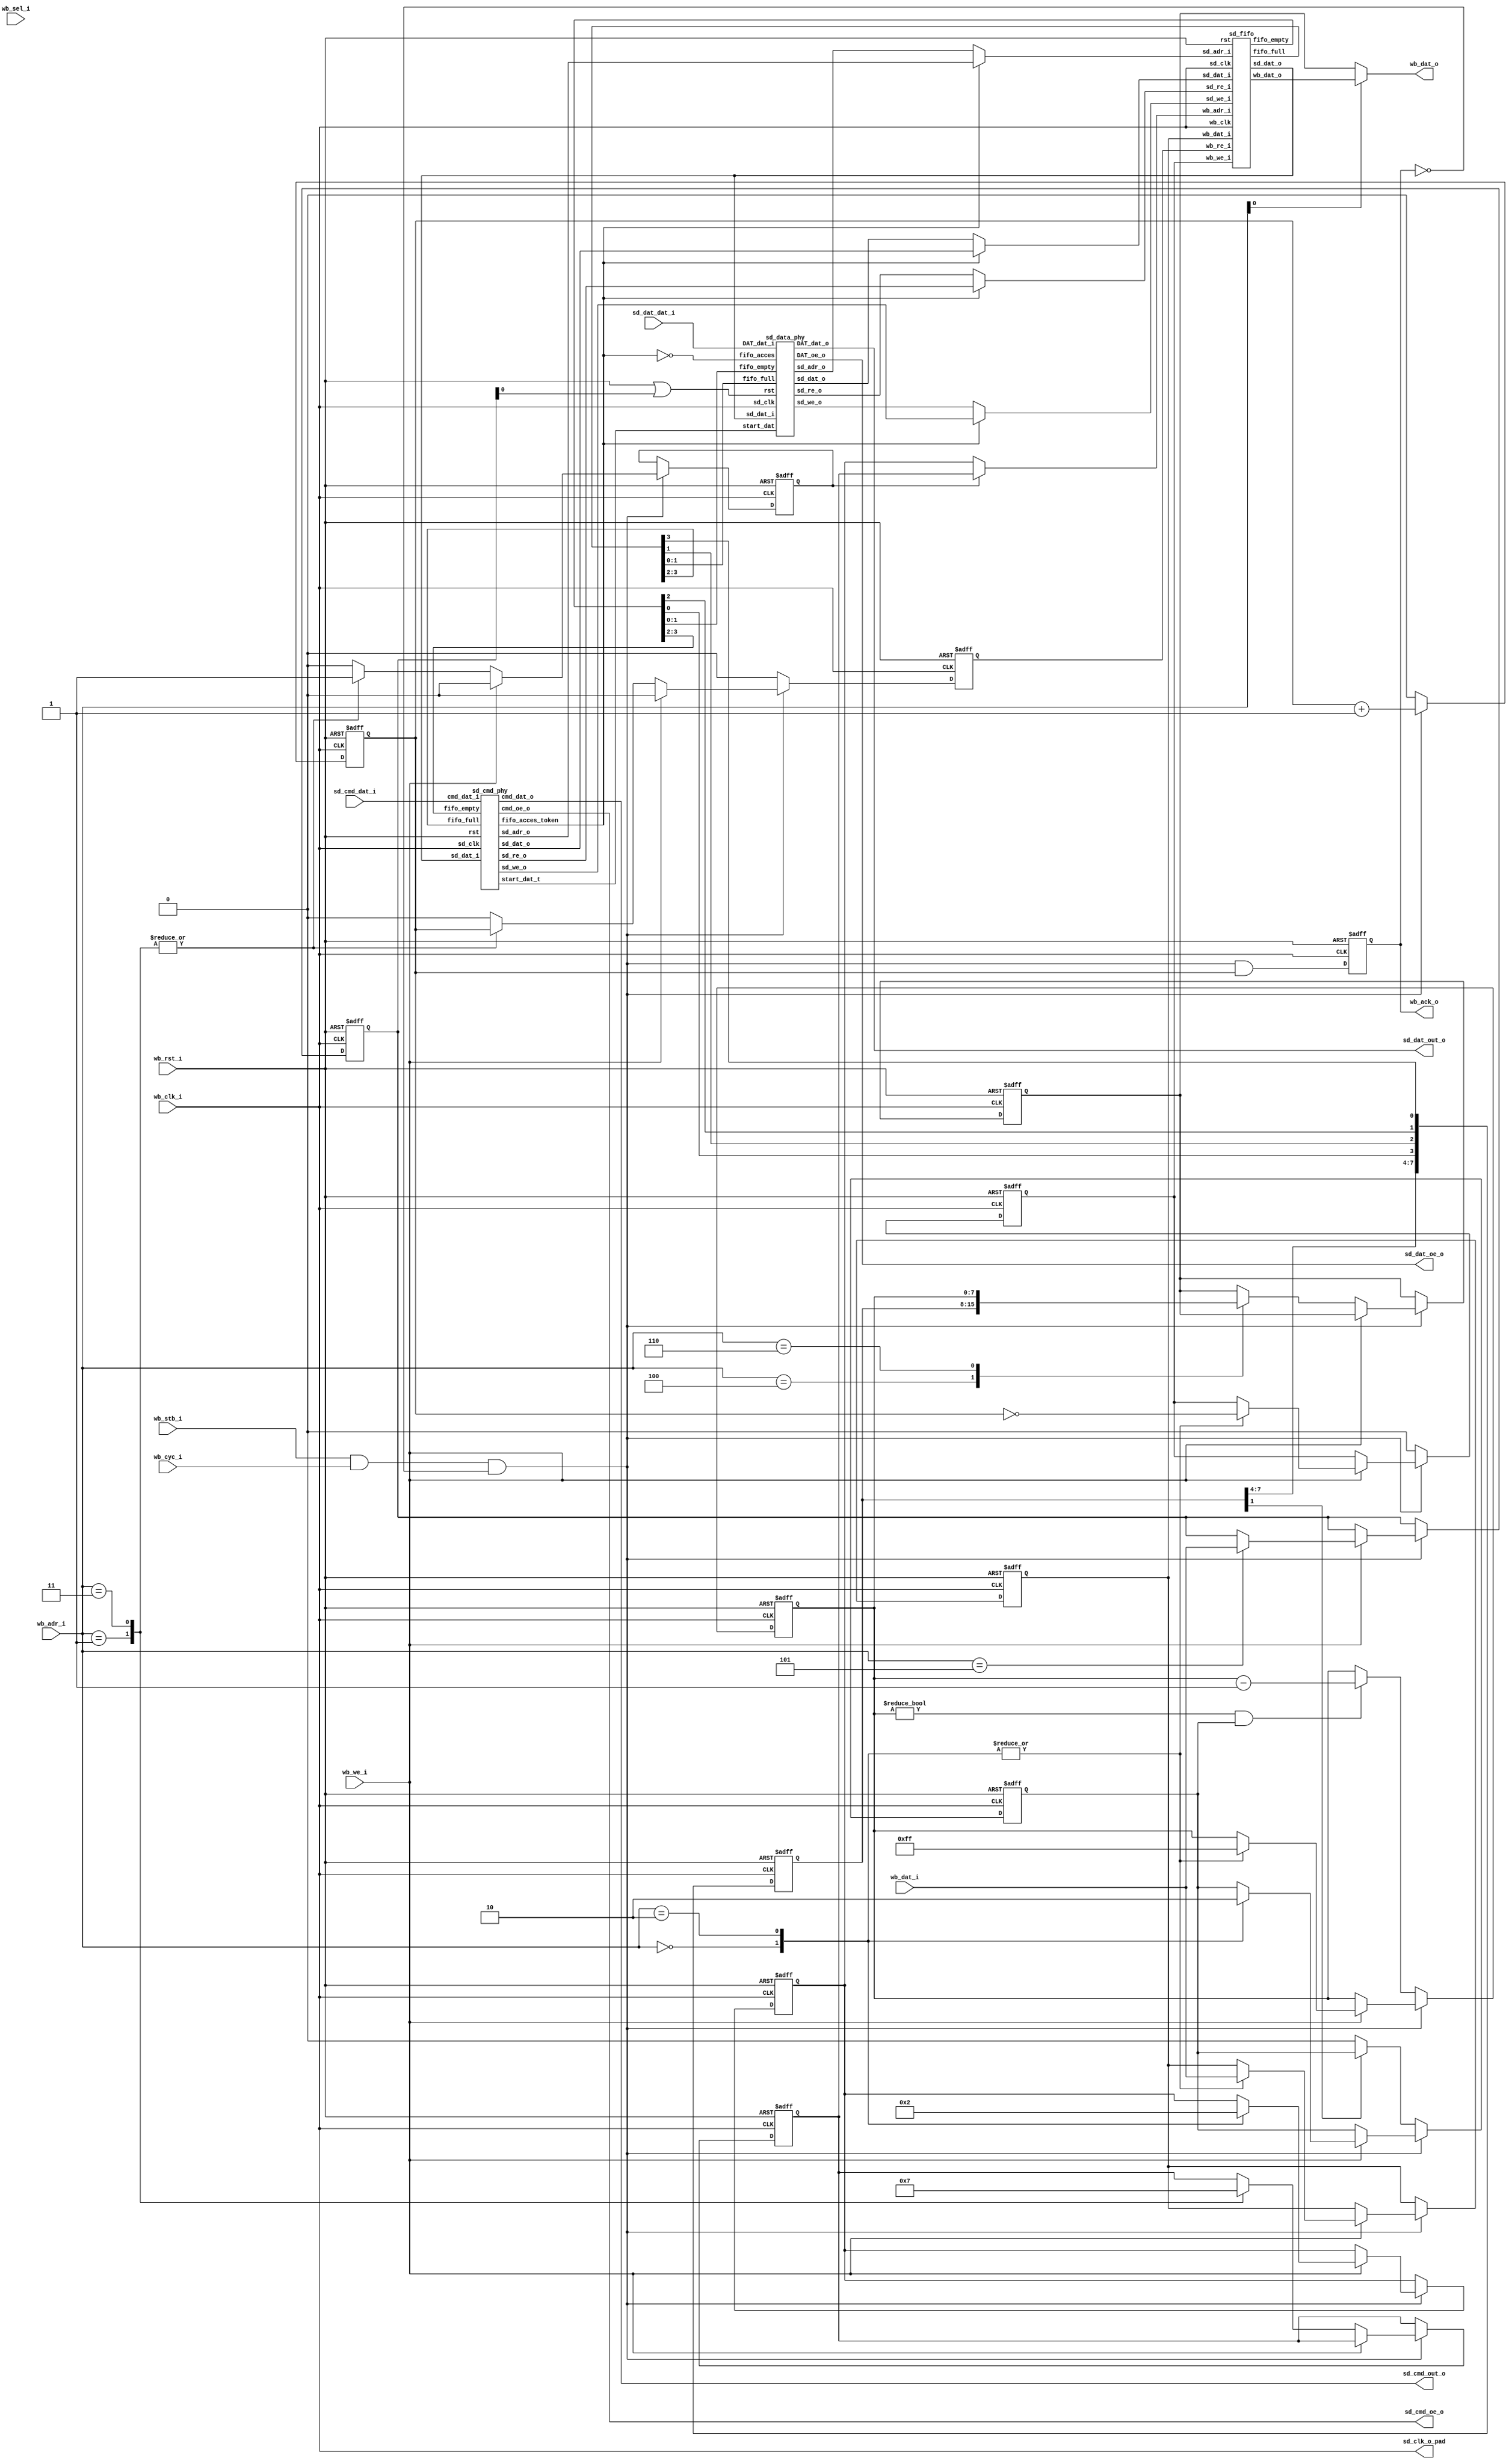
module sd_controller_fifo_wba
( 
  wb_clk_i, wb_rst_i, wb_dat_i, wb_dat_o, 
  wb_adr_i, wb_sel_i, wb_we_i, wb_cyc_i, wb_stb_i, wb_ack_o, 
  sd_cmd_dat_i,sd_cmd_out_o,  sd_cmd_oe_o, 
  sd_dat_dat_i, sd_dat_out_o , sd_dat_oe_o, sd_clk_o_pad
);
input           wb_clk_i;      
input           wb_rst_i;      
input   [7:0]  wb_dat_i;      
output  [7:0]  wb_dat_o;      
input   [2:0]  wb_adr_i;      
input    [3:0]  wb_sel_i;      
input           wb_we_i;       
input           wb_cyc_i;      
input           wb_stb_i;      
output reg          wb_ack_o;      
input wire [3:0] sd_dat_dat_i;
output wire [3:0] sd_dat_out_o;
output wire sd_dat_oe_o;
input wire sd_cmd_dat_i;
output wire sd_cmd_out_o;
output wire sd_cmd_oe_o;
output sd_clk_o_pad;
wire sd_clk_i;
reg [7:0] controll_reg;
reg [7:0] status_reg;
reg [7:0] command_timeout_reg;
  assign sd_clk_i = wb_clk_i;
assign sd_clk_o=sd_clk_i;
reg [1:0] wb_fifo_adr_i_writer;
reg [1:0] wb_fifo_adr_i_reader;
wire [1:0] wb_fifo_adr_i;
reg add_token_read;
wire [7:0] wb_fifo_dat_i;
wire [7:0] wb_fifo_dat_o;
reg [7:0]  wb_dat_i_storage;
reg [7:0] wb_dat_o_i;
reg time_enable;
assign sd_clk_o_pad  = sd_clk_i ;
assign wb_fifo_adr_i = add_token_read ? wb_fifo_adr_i_reader : wb_fifo_adr_i_writer;
assign wb_fifo_dat_i =wb_dat_i_storage;
assign wb_dat_o = wb_adr_i[0] ? wb_fifo_dat_o :   wb_dat_o_i ;
wire [1:4]fifo_full ;
wire [1:4]fifo_empty;
reg wb_fifo_we_i;
reg wb_fifo_re_i;
wire [1:0] sd_adr_o;
wire [7:0] sd_dat_o;
wire [7:0] sd_dat_i;
sd_fifo sd_fifo_0
( 
   .wb_adr_i  (wb_fifo_adr_i ),
   .wb_dat_i  (wb_fifo_dat_i),
   .wb_dat_o  (wb_fifo_dat_o ),
   .wb_we_i   (wb_fifo_we_i),
   .wb_re_i   (wb_fifo_re_i),
   .wb_clk  (wb_clk_i),
   .sd_adr_i (sd_adr_o ),
   .sd_dat_i (sd_dat_o),
   .sd_dat_o (sd_dat_i ),
   .sd_we_i (sd_we_o),
   .sd_re_i (sd_re_o),
   .sd_clk (sd_clk_o),
   .fifo_full ( fifo_full ),
   .fifo_empty (fifo_empty    ),
   .rst (wb_rst_i)  
  ) ; 
wire [1:0] sd_adr_o_cmd;
wire [7:0] sd_dat_i_cmd;
wire [7:0] sd_dat_o_cmd;
wire [1:0] sd_adr_o_dat;
wire [7:0] sd_dat_i_dat;
wire [7:0] sd_dat_o_dat;
wire [1:0] st_dat_t;
sd_cmd_phy sdc_cmd_phy_0
(
  .sd_clk (sd_clk_o),
  .rst (wb_rst_i ), 
  .cmd_dat_i ( sd_cmd_dat_i  ),
  .cmd_dat_o (sd_cmd_out_o   ),
  .cmd_oe_o (sd_cmd_oe_o   ),  
  .sd_adr_o (sd_adr_o_cmd),
  .sd_dat_i (sd_dat_i_cmd),
  .sd_dat_o (sd_dat_o_cmd),
  .sd_we_o (sd_we_o_cmd),
  .sd_re_o (sd_re_o_cmd),
  .fifo_full ( fifo_full[1:2] ),
  .fifo_empty ( fifo_empty [1:2]),
  .start_dat_t (st_dat_t),
  .fifo_acces_token (fifo_acces_token)
  ); 
  sd_data_phy sd_data_phy_0 (
  .sd_clk (sd_clk_o),
  .rst (wb_rst_i | controll_reg[0]),
  .DAT_oe_o ( sd_dat_oe_o  ),
  .DAT_dat_o (sd_dat_out_o),
  .DAT_dat_i  (sd_dat_dat_i ),
  .sd_adr_o (sd_adr_o_dat   ),
  .sd_dat_i (sd_dat_i_dat  ),
  .sd_dat_o (sd_dat_o_dat  ),
  .sd_we_o  (sd_we_o_dat),
  .sd_re_o (sd_re_o_dat),
  .fifo_full ( fifo_full[3:4] ),
  .fifo_empty ( fifo_empty [3:4]),
  .start_dat (st_dat_t),
  .fifo_acces (~fifo_acces_token)  
  ); 
  assign sd_adr_o =  fifo_acces_token ? sd_adr_o_cmd : sd_adr_o_dat; 
  assign sd_dat_o =  fifo_acces_token ? sd_dat_o_cmd : sd_dat_o_dat;
  assign sd_we_o  = fifo_acces_token ? sd_we_o_cmd : sd_we_o_dat;
  assign sd_re_o  =  fifo_acces_token ? sd_re_o_cmd : sd_re_o_dat;
 assign sd_dat_i_dat = sd_dat_i;
 assign sd_dat_i_cmd = sd_dat_i;
  always @(posedge wb_clk_i or posedge wb_rst_i)
	begin
	if (wb_rst_i)
	    status_reg<=0;
	  else begin	
      status_reg[0] <= fifo_full[1];
      status_reg[1] <= fifo_empty[2];
      status_reg[2] <=  fifo_full[3];
      status_reg[3] <=  fifo_empty[4];
    end
  end
  reg delayed_ack;
  always @(posedge wb_clk_i or posedge wb_rst_i)
	begin	
	  if (wb_rst_i) 
	    wb_ack_o <=0; 
	   else 
	     wb_ack_o <=wb_stb_i & wb_cyc_i &  ~wb_ack_o & delayed_ack;
	end
  always @(posedge wb_clk_i or posedge wb_rst_i)
	begin	
    if ( wb_rst_i )begin
	    command_timeout_reg<=255;
	    wb_dat_i_storage<=0;
	    controll_reg<=0;
	    wb_fifo_we_i<=0;
	    wb_fifo_adr_i_writer<=0;
	    time_enable<=0;
	  end
	  else if (wb_stb_i  & wb_cyc_i & (~wb_ack_o))begin  
	    if (wb_we_i) begin
	      case (wb_adr_i) 
	      4'h0 : begin
	        wb_fifo_adr_i_writer<=0;
	        wb_fifo_we_i<=1&!delayed_ack;
	        wb_dat_i_storage<=wb_dat_i;	       
	        command_timeout_reg<=255;
	        time_enable<=1;
	      end       
        4'h2 : begin
	        wb_fifo_adr_i_writer<=2;
	        wb_fifo_we_i<=1&!delayed_ack;
	        wb_dat_i_storage<=wb_dat_i;
	        command_timeout_reg<=255;
	        time_enable<=0;
	      end        
        4'h5 : controll_reg <= wb_dat_i;
  	      endcase
	    end  	  
	   end
	   else begin
	      wb_fifo_we_i<=0;
	     if (!status_reg[1])
	       time_enable<=0; 
	     if ((command_timeout_reg!=0) && (time_enable))
	         command_timeout_reg<=command_timeout_reg-1;   
	   end   
end
always @(posedge wb_clk_i or posedge wb_rst_i )begin
   if ( wb_rst_i) begin
     add_token_read<=0;
     delayed_ack<=0;
     wb_fifo_re_i<=0;
      wb_fifo_adr_i_reader<=0;
      wb_dat_o_i<=0;
  end 
 else begin  
    delayed_ack<=0;
    wb_fifo_re_i<=0;
   if (wb_stb_i  & wb_cyc_i & (~wb_ack_o)) begin  
   delayed_ack<=delayed_ack+1;
    add_token_read<=0;
    if (!wb_we_i) begin
      case (wb_adr_i)
      4'h1 : begin
         add_token_read<=1;
         wb_fifo_adr_i_reader<=1;
	      wb_fifo_re_i<=1&delayed_ack; 
      end
      4'h3 :begin
         add_token_read<=1;
         wb_fifo_adr_i_reader<=3;
	       wb_fifo_re_i<=1 & delayed_ack;
     end 
      4'h4 : wb_dat_o_i <= status_reg;
      4'h6 : wb_dat_o_i <= command_timeout_reg;
     endcase
    end
  end  
end
end
endmodule
module sd_cmd_phy ( 
input sd_clk, 
input rst, 
input  cmd_dat_i,
output reg cmd_dat_o, 
output reg cmd_oe_o,
output  [1:0] sd_adr_o,
input [7:0] sd_dat_i,
output reg [7:0] sd_dat_o,
output reg sd_we_o,
output reg sd_re_o,
input  [1:2] fifo_full,
input [1:2] fifo_empty,
output  [1:0]  start_dat_t,
output fifo_acces_token
);
reg [6:0] Response_Size;
parameter SEND_SIZE = 48;
parameter CONTENT_SIZE = 40; 
parameter NCR = 2 ;
parameter SIZE = 5;
parameter 
INIT          = 5'b00001,
IDLE          = 5'b00010,
WRITE         = 5'b00100,
BUFFER_WRITE  = 5'b01000,
READ          = 5'b10000;
reg [SIZE-1:0] state;
reg [SIZE-1:0] next_state;
reg [1:0] start_dat_t_read;
reg [1:0] start_dat_t_write;
reg [39:0] in_buffer;
reg [2:0] read_byte_cnt;
reg [7:0] cmd_flow_cnt_write;
reg [7:0] cmd_flow_cnt_read;
reg cmd_dat_internal;
reg big_resp;
reg  crc_rst_write;
reg  crc_en_write;
reg  crc_in_write; 
wire [6:0] crc_val_write;
reg [1:0] sd_adr_o_read;
reg [1:0] sd_adr_o_write;
reg  crc_rst_read;
reg  crc_en_read;
reg  crc_in_read; 
wire [6:0] crc_val_read;
reg crc_buffering_write;
reg block_write;
reg block_read;
reg in_buff_ptr;
reg out_buff_ptr;
reg [2:0] read_index_cnt;
reg  [7:0] in_buff_0;
reg  [7:0] in_buff_1;
reg [6:0] crc_in_buff;
reg [7:0] response_status;
reg [6:0] index_check;
reg add_token_read;
CRC_7 CRC_7_WRITE( 
.BITVAL (crc_in_write),
.Enable (crc_en_write),
.CLK (sd_clk),
.RST (crc_rst_write),
.CRC (crc_val_write));
CRC_7 CRC_7_READ( 
.BITVAL (crc_in_read),
.Enable (crc_en_read),
.CLK (sd_clk),
.RST (crc_rst_read),
.CRC (crc_val_read));
always @ (posedge sd_clk or posedge rst )
begin
	if  (rst) begin
		cmd_dat_internal <=1'b1;
	end
	else begin  
		cmd_dat_internal<=cmd_dat_i;
	end
end
always @ (state or cmd_flow_cnt_write or cmd_dat_internal or fifo_empty [1] or read_byte_cnt or cmd_flow_cnt_write or cmd_flow_cnt_read )
begin : FSM_COMBO
 next_state  = 0;   
case(state)  
INIT: begin
  if (cmd_flow_cnt_write >= 64 )begin
     next_state = IDLE;
  end 
  else begin     
     next_state = INIT;
  end
end                                                
IDLE: begin    
    if (!fifo_empty [1])
      next_state =BUFFER_WRITE;
    else if (!cmd_dat_internal) 
      next_state =READ; 
    else 
      next_state =IDLE;
end
BUFFER_WRITE: begin
  if (read_byte_cnt>=5)
   next_state = WRITE;
  else
   next_state =BUFFER_WRITE;
end
WRITE : begin 
     if (cmd_flow_cnt_write >= SEND_SIZE) 
        next_state = IDLE;          
      else 
        next_state = WRITE;
end
READ : begin
      if (cmd_flow_cnt_read >= Response_Size+7)
        next_state = IDLE;          
      else 
        next_state = READ;
end		
default : next_state  = INIT;
 endcase     
end 
always @ (posedge sd_clk or posedge rst  )
begin : FSM_SEQ
  if (rst ) begin
    state <= #1 INIT;
 end  
 else begin
    state <= #1 next_state;
 end
end
reg fifo_acces_read,fifo_acces_write;
assign fifo_acces_token = fifo_acces_read | fifo_acces_write;
assign sd_adr_o = add_token_read ? sd_adr_o_read : sd_adr_o_write;
assign start_dat_t = add_token_read ?  start_dat_t_read : start_dat_t_write;
reg tx_cmd_fifo_empty_tmp; 
always @ (negedge sd_clk or posedge rst  )
begin : OUTPUT_LOGIC
 if (rst  ) begin    
   crc_in_write=0;
   crc_en_write=0;
   crc_rst_write=0;
   fifo_acces_write=0;   
   cmd_oe_o=1; 		
   cmd_dat_o = 1;  
   crc_buffering_write=0;
   sd_re_o<=0;
   read_byte_cnt<=0;  
   block_read<=0;
   sd_adr_o_write<=0;
   cmd_flow_cnt_write=0;
   start_dat_t_write<=0;
   in_buffer<=0;
    tx_cmd_fifo_empty_tmp<=0;
    Response_Size<=40;    
 end
 else begin
  case(state)
    INIT : begin
      cmd_flow_cnt_write=cmd_flow_cnt_write+1;
      cmd_oe_o=1; 		
      cmd_dat_o = 1;  
      crc_buffering_write=0;
      start_dat_t_write<=0;
    end
    IDLE: begin
       cmd_flow_cnt_write=0;
       cmd_oe_o=0; 		
       start_dat_t_write<=0;
       crc_in_write=0;
       crc_en_write=0;
       crc_rst_write=1; 
       read_byte_cnt<=0;     
       block_read<=0;
       fifo_acces_write=0;
       in_buffer<=0;  
    end
     BUFFER_WRITE : begin
      sd_re_o<=0;
      fifo_acces_write=1;   
      tx_cmd_fifo_empty_tmp<=fifo_empty [1];
       if (!tx_cmd_fifo_empty_tmp) begin
        if(sd_re_o)
          read_byte_cnt <= read_byte_cnt+1;
        sd_adr_o_write <=0;
        sd_re_o<=1;
       if(sd_re_o) begin
         case (read_byte_cnt)  
          0: in_buffer[39:32] <=sd_dat_i;                   
          1: in_buffer[31:24] <=sd_dat_i;
          2: in_buffer[23:16] <=sd_dat_i;
           3: in_buffer[15:8] <=sd_dat_i;
           4: in_buffer[7:0] <=sd_dat_i;
         endcase 
         if (in_buffer[39]) 
           Response_Size<=127;
         else
           Response_Size<=40;               
         if (in_buffer[37:32] == 32'h11)
               block_read<=1;
      end 
    end 
   end  
    WRITE: begin
       sd_re_o<=0;
       cmd_oe_o=1; 		
       cmd_dat_o = 1;        
       crc_en_write =0;
       crc_rst_write=0;
        crc_en_write=1;
      if (crc_buffering_write==1)  begin
        cmd_oe_o =1;
        if ((SEND_SIZE-cmd_flow_cnt_write) > 8 ) begin   
				   if (cmd_flow_cnt_write==0)	
				    cmd_dat_o = 0; 
				   else
				    cmd_dat_o = in_buffer[(CONTENT_SIZE-1-cmd_flow_cnt_write)]; 
				   if ((SEND_SIZE-cmd_flow_cnt_write) > 9 ) begin  
			       crc_in_write = in_buffer[(CONTENT_SIZE-1-cmd_flow_cnt_write)-1];
			     end else begin
			       crc_en_write=0;  
				   end    
			  end
			  else if ( ((SEND_SIZE-cmd_flow_cnt_write) <=8) && ((SEND_SIZE-cmd_flow_cnt_write) >=2) ) begin			 	
				  crc_en_write=0; 
				  cmd_dat_o = crc_val_write[((SEND_SIZE-cmd_flow_cnt_write))-2];	
				   if (block_read)
             start_dat_t_write<=2'b10;
			  end
			  else begin        
				  cmd_dat_o =1'b1;
			  end		
			 cmd_flow_cnt_write=cmd_flow_cnt_write+1;
		end		
	  else begin  
		    crc_buffering_write=1;
	   	  crc_in_write = 0;
	  end	    
    end
  endcase
 end
end
always @ (posedge sd_clk or posedge rst  )
begin
  if (rst) begin
   crc_rst_read=1;
   crc_en_read=0;
   crc_in_read=0; 
   cmd_flow_cnt_read=0;
   response_status =0;
   block_write=0;
   index_check=0;
   in_buff_ptr=0;
   out_buff_ptr=0;
   sd_adr_o_read<=0;
   add_token_read=0; 
   in_buff_0<=0;
   in_buff_1<=0;
   read_index_cnt=0;
    fifo_acces_read=0;   
    sd_dat_o<=0;
    start_dat_t_read<=0;
    sd_we_o<=0;
    crc_in_buff=0;
  end
  else begin
   case (state) 
   IDLE : begin
        crc_en_read=0;
        crc_rst_read=1;
        cmd_flow_cnt_read=1;
        index_check=0;
        block_write=0;
        in_buff_ptr=0;
        out_buff_ptr=0;
        add_token_read=0; 
        read_index_cnt=0;
        sd_we_o<=0;  
        add_token_read=0;
         fifo_acces_read=0;
         start_dat_t_read<=0;
   end
   READ : begin
      fifo_acces_read=1;
      add_token_read=1;  
      crc_en_read=1;
      crc_rst_read=0;
      sd_we_o<=0;
     if (in_buff_ptr != out_buff_ptr) begin
     sd_adr_o_read <=1;
     sd_we_o<=1;  
       if (in_buff_ptr)
        sd_dat_o <=in_buff_0;
      else
        sd_dat_o <=in_buff_1;
     out_buff_ptr=out_buff_ptr+1;
     end
     if (cmd_flow_cnt_read < (Response_Size))begin  
        crc_in_read = cmd_dat_internal;
        if (cmd_flow_cnt_read<8 ) begin  
          index_check[7-cmd_flow_cnt_read] = cmd_dat_internal;
          if (index_check[5:0] == 32'h18) begin
             block_write=1;
          end
        end
        else begin                   
          if (!in_buff_ptr) begin
             in_buff_0[7-read_index_cnt]<=cmd_dat_internal;
          end
          else begin
             in_buff_1[7-read_index_cnt]<=cmd_dat_internal;
          end
          read_index_cnt=read_index_cnt+1;
          if (read_index_cnt==0)
             in_buff_ptr=in_buff_ptr+1;
        end             
       end  
      	else if ( cmd_flow_cnt_read - Response_Size <=6 ) begin  
			  crc_in_buff [(Response_Size+6)-(cmd_flow_cnt_read)] = cmd_dat_internal;
			  crc_en_read=0;  
      end
      else begin   
			   if ((crc_in_buff != crc_val_read)) begin
				   response_status[0]=1;					   			  			
		    	end  
		    	else begin
		    	  response_status[0]=0;
		    	end 
		    	sd_adr_o_read <=1;
        		 sd_we_o<=1; 
		    	sd_dat_o<=response_status;
		     if (block_write)
		    	  start_dat_t_read<=2'b01;
      end        
       cmd_flow_cnt_read = cmd_flow_cnt_read+1;
   end  
  endcase
  end
end
endmodule
module sd_fifo
  (
    input  [1:0] wb_adr_i,
    input [7:0]  wb_dat_i,
    output [7:0] wb_dat_o,
    input 	 wb_we_i,
    input 	 wb_re_i,
    input 	 wb_clk,
    input [1:0]  sd_adr_i,
    input [7:0]  sd_dat_i,
    output [7:0] sd_dat_o,
    input 	 sd_we_i,
    input 	 sd_re_i,
    input 	 sd_clk,
    output [1:4] fifo_full,
    output [1:4] fifo_empty,
    input 	 rst 	 
   );
   wire [8:0] 	 wptr1, rptr1, wptr2, rptr2, wptr3, rptr3, wptr4, rptr4;
   wire [8:0] 	 wadr1, radr1, wadr2, radr2, wadr3, radr3, wadr4, radr4;
   wire 	 dpram_we_a, dpram_we_b;
   wire [10:0] 	 dpram_a_a, dpram_a_b;   
   sd_counter wptr1a
     (
      .q(wptr1),
      .q_bin(wadr1),
      .cke((wb_adr_i==2'd0) & wb_we_i & !fifo_full[1]),
      .clk(wb_clk),
      .rst(rst)
      );
   sd_counter rptr1a
     (
      .q(rptr1),
      .q_bin(radr1),
      .cke((sd_adr_i==2'd0) & sd_re_i & !fifo_empty[1]),
      .clk(sd_clk),
      .rst(rst)
      );
  versatile_fifo_async_cmp
    #
    (
     .ADDR_WIDTH(9)
     )
    cmp1
    ( 
      .wptr(wptr1), 
      .rptr(rptr1), 
      .fifo_empty(fifo_empty[1]), 
      .fifo_full(fifo_full[1]), 
      .wclk(wb_clk), 
      .rclk(sd_clk), 
      .rst(rst)
      );
   sd_counter wptr2a
     (
      .q(wptr2),
      .q_bin(wadr2),
      .cke((sd_adr_i==2'd1) & sd_we_i & !fifo_full[2]),
      .clk(sd_clk),
      .rst(rst)
      );
   sd_counter rptr2a
     (
      .q(rptr2),
      .q_bin(radr2),
      .cke((wb_adr_i==2'd1) & wb_re_i & !fifo_empty[2]),
      .clk(wb_clk),
      .rst(rst)
      );
  versatile_fifo_async_cmp
    #
    (
     .ADDR_WIDTH(9)
     )
    cmp2
    ( 
      .wptr(wptr2), 
      .rptr(rptr2), 
      .fifo_empty(fifo_empty[2]), 
      .fifo_full(fifo_full[2]), 
      .wclk(sd_clk), 
      .rclk(wb_clk), 
      .rst(rst)
      );
   sd_counter wptr3a
     (
      .q(wptr3),
      .q_bin(wadr3),
      .cke((wb_adr_i==2'd2) & wb_we_i & !fifo_full[3]),
      .clk(wb_clk),
      .rst(rst)
      );
   sd_counter rptr3a
     (
      .q(rptr3),
      .q_bin(radr3),
      .cke((sd_adr_i==2'd2) & sd_re_i & !fifo_empty[3]),
      .clk(sd_clk),
      .rst(rst)
      );
  versatile_fifo_async_cmp
    #
    (
     .ADDR_WIDTH(9)
     )
    cmp3
    ( 
      .wptr(wptr3), 
      .rptr(rptr3), 
      .fifo_empty(fifo_empty[3]), 
      .fifo_full(fifo_full[3]), 
      .wclk(wb_clk), 
      .rclk(sd_clk), 
      .rst(rst)
      );
   sd_counter wptr4a
     (
      .q(wptr4),
      .q_bin(wadr4),
      .cke((sd_adr_i==2'd3) & sd_we_i & !fifo_full[4]),
      .clk(sd_clk),
      .rst(rst)
      );
   sd_counter rptr4a
     (
      .q(rptr4),
      .q_bin(radr4),
      .cke((wb_adr_i==2'd3) & wb_re_i & !fifo_empty[4]),
      .clk(wb_clk),
      .rst(rst)
      );
  versatile_fifo_async_cmp
    #
    (
     .ADDR_WIDTH(9)
     )
    cmp4
    ( 
      .wptr(wptr4), 
      .rptr(rptr4), 
      .fifo_empty(fifo_empty[4]), 
      .fifo_full(fifo_full[4]), 
      .wclk(sd_clk), 
      .rclk(wb_clk), 
      .rst(rst)
      );
   assign dpram_we_a = ((wb_adr_i==2'd0) & !fifo_full[1]) ? wb_we_i :
		       ((wb_adr_i==2'd2) & !fifo_full[3]) ? wb_we_i :
		       1'b0;
   assign dpram_we_b = ((sd_adr_i==2'd1) & !fifo_full[2]) ? sd_we_i :
		       ((sd_adr_i==2'd3) & !fifo_full[4]) ? sd_we_i :
		       1'b0;
   assign dpram_a_a = (wb_adr_i==2'd0) ? {wb_adr_i,wadr1} :
		      (wb_adr_i==2'd1) ? {wb_adr_i,radr2} :
		      (wb_adr_i==2'd2) ? {wb_adr_i,wadr3} :
		      {wb_adr_i,radr4};
   assign dpram_a_b = (sd_adr_i==2'd0) ? {sd_adr_i,radr1} :
		      (sd_adr_i==2'd1) ? {sd_adr_i,wadr2} :
		      (sd_adr_i==2'd2) ? {sd_adr_i,radr3} :  
		      {sd_adr_i,wadr4};
   versatile_fifo_dptam_dw
     dpram
     (
      .d_a(wb_dat_i),
      .q_a(wb_dat_o),
      .adr_a(dpram_a_a), 
      .we_a(dpram_we_a),
      .clk_a(wb_clk),
      .q_b(sd_dat_o),
      .adr_b(dpram_a_b),
      .d_b(sd_dat_i), 
      .we_b(dpram_we_b),
      .clk_b(sd_clk)
      );
endmodule  
module sd_counter
  (
    output reg [9:1] q,
    output [9:1]    q_bin,
    input cke,
    input clk,
    input rst
   );
   reg [9:1] qi;
   wire [9:1] q_next;   
   assign q_next =
   qi + 9'd1;
   always @ (posedge clk or posedge rst)
     if (rst)
       qi <= 9'd0;
     else
   if (cke)
     qi <= q_next;
   always @ (posedge clk or posedge rst)
     if (rst)
       q <= 9'd0;
     else
       if (cke)
	 q <= (q_next>>1) ^ q_next;
   assign q_bin = qi;
endmodule
module versatile_fifo_async_cmp ( wptr, rptr, fifo_empty, fifo_full, wclk, rclk, rst );
   parameter ADDR_WIDTH = 4;   
   parameter N = ADDR_WIDTH-1;
   parameter Q1 = 2'b00;
   parameter Q2 = 2'b01;
   parameter Q3 = 2'b11;
   parameter Q4 = 2'b10;
   parameter going_empty = 1'b0;
   parameter going_full  = 1'b1;
   input [N:0]  wptr, rptr;   
   output reg	fifo_empty, fifo_full;
   input 	wclk, rclk, rst;   
   reg 	direction, direction_set, direction_clr;
   wire async_empty, async_full;
   reg 	fifo_full2, fifo_empty2;   
   always @ (wptr[N:N-1] or rptr[N:N-1])
     case ({wptr[N:N-1],rptr[N:N-1]})
       {Q1,Q2} : direction_set <= 1'b1;
       {Q2,Q3} : direction_set <= 1'b1;
       {Q3,Q4} : direction_set <= 1'b1;
       {Q4,Q1} : direction_set <= 1'b1;
       default : direction_set <= 1'b0;
     endcase
   always @ (wptr[N:N-1] or rptr[N:N-1] or rst)
     if (rst)
       direction_clr <= 1'b1;
     else
       case ({wptr[N:N-1],rptr[N:N-1]})
	 {Q2,Q1} : direction_clr <= 1'b1;
	 {Q3,Q2} : direction_clr <= 1'b1;
	 {Q4,Q3} : direction_clr <= 1'b1;
	 {Q1,Q4} : direction_clr <= 1'b1;
	 default : direction_clr <= 1'b0;
       endcase
   always @ (posedge direction_set or posedge direction_clr)
     if (direction_clr)
       direction <= going_empty;
     else
       direction <= going_full;
   assign async_empty = (wptr == rptr) && (direction==going_empty);
   assign async_full  = (wptr == rptr) && (direction==going_full);
   always @ (posedge wclk or posedge rst or posedge async_full)
     if (rst)
       {fifo_full, fifo_full2} <= 2'b00;
     else if (async_full)
       {fifo_full, fifo_full2} <= 2'b11;
     else
       {fifo_full, fifo_full2} <= {fifo_full2, async_full};
   always @ (posedge rclk or posedge async_empty)
     if (async_empty)
       {fifo_empty, fifo_empty2} <= 2'b11;
     else
       {fifo_empty,fifo_empty2} <= {fifo_empty2,async_empty};   
endmodule  
module CRC_7(BITVAL, Enable, CLK, RST, CRC);
   input        BITVAL; 
   input Enable;
   input        CLK;                            
   input        RST;                              
   output [6:0] CRC;                                
   reg    [6:0] CRC;   
   wire         inv;
   assign inv = BITVAL ^ CRC[6];                    
    always @(posedge CLK or posedge RST) begin
		if (RST) begin
			CRC = 0;   
        end
		else begin
			if (Enable==1) begin
				CRC[6] = CRC[5];
				CRC[5] = CRC[4];
				CRC[4] = CRC[3];
				CRC[3] = CRC[2] ^ inv;
				CRC[2] = CRC[1];
				CRC[1] = CRC[0];
				CRC[0] = inv;
			end
		end
     end
endmodule
module CRC_16(BITVAL, Enable, CLK, RST, CRC);
 input        BITVAL; 
   input Enable;
   input        CLK;                            
   input        RST;                              
   output reg [15:0] CRC;                                
   wire         inv;
   assign inv = BITVAL ^ CRC[15];                    
  always @(posedge CLK or posedge RST) begin
		if (RST) begin
			CRC = 0;   
        end
      else begin
        if (Enable==1) begin
         CRC[15] = CRC[14];
         CRC[14] = CRC[13];
         CRC[13] = CRC[12];
         CRC[12] = CRC[11] ^ inv;
         CRC[11] = CRC[10];
         CRC[10] = CRC[9];
         CRC[9] = CRC[8];
         CRC[8] = CRC[7];
         CRC[7] = CRC[6];
         CRC[6] = CRC[5];
         CRC[5] = CRC[4] ^ inv;
         CRC[4] = CRC[3];
         CRC[3] = CRC[2];
         CRC[2] = CRC[1];
         CRC[1] = CRC[0];
         CRC[0] = inv;
        end
         end
      end
endmodule
module sd_data_phy(
input sd_clk,
input rst,
output reg DAT_oe_o,
output reg[3:0] DAT_dat_o,
input  [3:0] DAT_dat_i,
output  [1:0] sd_adr_o,
input [7:0] sd_dat_i,
output reg [7:0] sd_dat_o,
output reg sd_we_o,
output reg sd_re_o,
input  [3:4] fifo_full,
input [3:4] fifo_empty,
input  [1:0] start_dat,
input fifo_acces
);
 reg [5:0] in_buff_ptr_read;
 reg [5:0] out_buff_ptr_read;
 reg crc_ok;
 reg [3:0] last_din_read;
reg [7:0] tmp_crc_token ;  
reg[2:0] crc_read_count;
reg [3:0] crc_in_write;
reg crc_en_write;
reg crc_rst_write;
wire [15:0] crc_out_write [3:0];
reg [3:0] crc_in_read;
reg crc_en_read;
reg crc_rst_read;
wire [15:0] crc_out_read [3:0];  
  reg[7:0] next_out;
    reg data_read_index;  
reg [10:0] transf_cnt_write;
reg [10:0] transf_cnt_read;
parameter SIZE = 6;
reg [SIZE-1:0] state;
reg [SIZE-1:0] next_state;
parameter IDLE        = 6'b000001;
parameter WRITE_DAT   = 6'b000010;
parameter READ_CRC   = 6'b000100;
parameter WRITE_CRC  = 6'b001000;   
parameter  READ_WAIT = 6'b010000;
parameter  READ_DAT  = 6'b100000;
reg in_dat_buffer_empty;
reg [2:0] crc_status_token; 
reg busy_int;
reg add_token;   
genvar i;
generate
for(i=0; i<4; i=i+1) begin:CRC_16_gen_write
  CRC_16 CRC_16_i (crc_in_write[i],crc_en_write, sd_clk, crc_rst_write, crc_out_write[i]);
end
endgenerate
generate
for(i=0; i<4; i=i+1) begin:CRC_16_gen_read
  CRC_16 CRC_16_i (crc_in_read[i],crc_en_read, sd_clk, crc_rst_read, crc_out_read[i]);
end
endgenerate
reg q_start_bit;
always @ (state or start_dat or DAT_dat_i[0] or  transf_cnt_write or transf_cnt_read or busy_int or crc_read_count or sd_we_o or  in_dat_buffer_empty )
begin : FSM_COMBO
 next_state  = 0;   
case(state)
  IDLE: begin
   if (start_dat == 2'b01) 
      next_state=WRITE_DAT;
    else if  (start_dat == 2'b10)
      next_state=READ_WAIT;
    else 
      next_state=IDLE;
    end
  WRITE_DAT: begin
    if (transf_cnt_write >= 1044+2) 
       next_state= READ_CRC;
   else if (start_dat == 2'b11)
        next_state=IDLE;
    else 
       next_state=WRITE_DAT;
  end
  READ_WAIT: begin
    if (DAT_dat_i[0]== 0 ) 
       next_state= READ_DAT;
    else 
       next_state=READ_WAIT;
  end
  READ_CRC: begin
    if ( (crc_read_count == 3'b111) &&(busy_int ==1) ) 
       next_state= WRITE_CRC;
    else 
       next_state=READ_CRC;    
  end
  WRITE_CRC: begin
       next_state= IDLE;
  end
  READ_DAT: begin
    if ((transf_cnt_read >= 1044-3)  && (in_dat_buffer_empty))  
       next_state= IDLE;
    else if (start_dat == 2'b11)
        next_state=IDLE;   
    else 
       next_state=READ_DAT;
    end  
 endcase
end 
always @ (posedge sd_clk or posedge rst   )
 begin 
  if (rst ) begin
    q_start_bit<=1;
 end 
 else begin
    q_start_bit <= DAT_dat_i[0];
 end
end
always @ (posedge sd_clk or posedge rst   )
begin : FSM_SEQ
  if (rst ) begin
    state <= #1 IDLE;
 end 
 else begin
    state <= #1 next_state;
 end
end
reg [4:0] crc_cnt_write;
reg [4:0]crc_cnt_read;
reg [3:0] last_din;
reg [2:0] crc_s ;
reg [7:0] write_buf_0,write_buf_1, sd_data_out;
reg out_buff_ptr,in_buff_ptr;
reg data_send_index;
reg [1:0] sd_adr_o_read;  
reg [1:0] sd_adr_o_write;
reg read_byte_cnt;       
assign sd_adr_o = add_token ? sd_adr_o_read : sd_adr_o_write;
assign sd_adr_o = add_token ? sd_adr_o_read : sd_adr_o_write;         
reg [3:0] in_dat_buffer [63:0];
always @ (negedge sd_clk or posedge rst   )
begin
if (rst) begin
  DAT_oe_o<=0;
  crc_en_write<=0;
  crc_rst_write<=1;
  transf_cnt_write<=0;
  crc_cnt_write<=15;
  crc_status_token<=7;       
  data_send_index<=0;
  out_buff_ptr<=0;
  in_buff_ptr<=0;  
  read_byte_cnt<=0;
   write_buf_0<=0;
    write_buf_1<=0;
    sd_re_o<=0; 
    sd_data_out<=0;
    sd_adr_o_write<=0;
    crc_in_write<=0;
    DAT_dat_o<=0;
     last_din<=0;    
end  
else begin
 case(state)
   IDLE: begin
      DAT_oe_o<=0;    
      crc_en_write<=0;
      crc_rst_write<=1;     
      crc_cnt_write<=16;
      read_byte_cnt<=0;
      crc_status_token<=7;
      data_send_index<=0;
      out_buff_ptr<=0;
      in_buff_ptr<=0;  
        sd_re_o<=0;
        transf_cnt_write<=0;
   end     
   WRITE_DAT: begin     
      transf_cnt_write<=transf_cnt_write+1; 
      if ( (in_buff_ptr != out_buff_ptr) ||  (transf_cnt_write<2) ) begin
       read_byte_cnt<=read_byte_cnt+1;
       sd_re_o<=0;
        case (read_byte_cnt)
        0:begin
           sd_adr_o_write <=2;
           sd_re_o<=1; 
        end 
        1:begin
          if (!in_buff_ptr)
             write_buf_0<=sd_dat_i;         
          else
            write_buf_1 <=sd_dat_i;
          in_buff_ptr<=in_buff_ptr+1;     
        end    
     endcase
     end
      if (!out_buff_ptr)
        sd_data_out<=write_buf_0;
      else
       sd_data_out<=write_buf_1;
        if (transf_cnt_write==1+2) begin
          crc_rst_write<=0;
          crc_en_write<=1;
          last_din <=write_buf_0[3:0]; 
          DAT_oe_o<=1;  
          DAT_dat_o<=0;
          crc_in_write<= write_buf_0[3:0]; 
          data_send_index<=1;  
          out_buff_ptr<=out_buff_ptr+1;  
        end
        else if ( (transf_cnt_write>=2+2) && (transf_cnt_write<=1044-19+2 )) begin                 
          DAT_oe_o<=1;    
        case (data_send_index) 
           0:begin 
              last_din <=sd_data_out[3:0];
              crc_in_write <=sd_data_out[3:0];
               out_buff_ptr<=out_buff_ptr+1;
           end
           1:begin 
              last_din <=sd_data_out[7:4];
              crc_in_write <=sd_data_out[7:4];
           end
         endcase 
          data_send_index<=data_send_index+1;
          DAT_dat_o<= last_din; 
        if ( transf_cnt_write >=1044-19 +2) begin
             crc_en_write<=0;             
         end
       end
       else if (transf_cnt_write>1044-19 +2 & crc_cnt_write!=0) begin
         crc_en_write<=0;
         crc_cnt_write<=crc_cnt_write-1;      
         DAT_oe_o<=1; 
         DAT_dat_o[0]<=crc_out_write[0][crc_cnt_write-1];
         DAT_dat_o[1]<=crc_out_write[1][crc_cnt_write-1];
         DAT_dat_o[2]<=crc_out_write[2][crc_cnt_write-1];
         DAT_dat_o[3]<=crc_out_write[3][crc_cnt_write-1];         
       end
       else if (transf_cnt_write==1044-2+2) begin
          DAT_oe_o<=1; 
          DAT_dat_o<=4'b1111;
      end   
      else if (transf_cnt_write !=0) begin
         DAT_oe_o<=0;          
      end
   end
 endcase
end
end
always @ (posedge sd_clk or posedge rst   )
begin
  if (rst) begin
    add_token<=0;   
    sd_adr_o_read<=0;
    crc_read_count<=0;
    sd_we_o<=0; 
    tmp_crc_token<=0;
    crc_rst_read<=0;
    crc_en_read<=0;
    in_buff_ptr_read<=0;
    out_buff_ptr_read<=0;
    crc_cnt_read<=0;
    transf_cnt_read<=0;
    data_read_index<=0;
    in_dat_buffer_empty<=0;
    next_out<=0; 
    busy_int<=0;
    sd_dat_o<=0;
  end  
  else begin
   case(state)
   IDLE: begin          
     add_token<=0;
     crc_read_count<=0;
     sd_we_o<=0; 
     tmp_crc_token<=0;
      crc_rst_read<=1;
      crc_en_read<=0;
      in_buff_ptr_read<=0;
     out_buff_ptr_read<=0;
      crc_cnt_read<=15;
      transf_cnt_read<=0;
      data_read_index<=0;
      in_dat_buffer_empty<=0;
    end
    READ_DAT: begin  
     add_token<=1; 
      crc_rst_read<=0;
      crc_en_read<=1;
      if (fifo_acces) begin
        if ( (in_buff_ptr_read - out_buff_ptr_read) >=2) begin
          data_read_index<=~data_read_index;
          case(data_read_index)
            0: begin
             sd_adr_o_read<=3;
             sd_we_o<=0; 
             next_out[3:0]<=in_dat_buffer[out_buff_ptr_read ];
             next_out[7:4]<=in_dat_buffer[out_buff_ptr_read+1 ];
           end
           1: begin
              out_buff_ptr_read<=out_buff_ptr_read+2;
            sd_dat_o<=next_out; 
            sd_we_o<=1;  
            end
          endcase    
          end  
        else
           in_dat_buffer_empty<=1;
      end
     if (transf_cnt_read<1024) begin
       in_dat_buffer[in_buff_ptr_read]<=DAT_dat_i;
       crc_in_read<=DAT_dat_i;
       crc_ok<=1;
       transf_cnt_read<=transf_cnt_read+1; 
       in_buff_ptr_read<=in_buff_ptr_read+1;        
     end  
     else if  ( transf_cnt_read <= (1024 +16)) begin
       transf_cnt_read<=transf_cnt_read+1; 
       crc_en_read<=0;  
       last_din_read <=DAT_dat_i; 
       if (transf_cnt_read> 1024) begin       
         crc_cnt_read <=crc_cnt_read-1;
          if  (crc_out_read[0][crc_cnt_read] != last_din[0])
           crc_ok<=0;
          if  (crc_out_read[1][crc_cnt_read] != last_din[1])
           crc_ok<=0;
          if  (crc_out_read[2][crc_cnt_read] != last_din[2])
           crc_ok<=0;
          if  (crc_out_read[3][crc_cnt_read] != last_din[3])
           crc_ok<=0;  
         if (crc_cnt_read==0) begin
         end
      end
    end  
    end
    READ_CRC: begin
       if (crc_read_count<3'b111) begin
         crc_read_count<=crc_read_count+1;
         tmp_crc_token[crc_read_count]  <= DAT_dat_i[0];     
        end
      busy_int <=DAT_dat_i[0];  
    end
    WRITE_CRC: begin
      add_token<=1;
      sd_adr_o_read<=3;
      sd_we_o<=1; 
      sd_dat_o<=tmp_crc_token;      
    end
  endcase
end
end
endmodule
module versatile_fifo_dptam_dw
  (
   d_a,
   q_a,
   adr_a, 
   we_a,
   clk_a,
   q_b,
   adr_b,
   d_b, 
   we_b,
   clk_b
   );
   parameter DATA_WIDTH = 8;
   parameter ADDR_WIDTH = 11;
   input [(DATA_WIDTH-1):0]      d_a;
   input [(ADDR_WIDTH-1):0] 	 adr_a;
   input [(ADDR_WIDTH-1):0] 	 adr_b;
   input 			 we_a;
   output reg[(DATA_WIDTH-1):0] 	 q_b;
   input [(DATA_WIDTH-1):0] 	 d_b;
   output reg [(DATA_WIDTH-1):0] q_a;
   input 			 we_b;
   input 			 clk_a, clk_b;
   reg [DATA_WIDTH-1:0] ram [2**ADDR_WIDTH-1:0] ;
   always @ (posedge clk_a)
     begin 
     q_a <= ram[adr_a];
	if (we_a)  begin
	     ram[adr_a] <= d_a;
	  end
end	
   always @ (posedge clk_b)
     begin 
     q_b <= ram[adr_b];
	if (we_b)
	  begin
	     ram[adr_b] <= d_b;
	  end
     end
endmodule